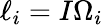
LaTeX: \ell_{i}=I\Omega_{i}